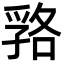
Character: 嗠